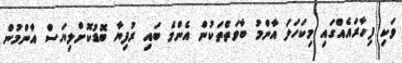
ވަކި ފިހާރައެއްގައި މިކަހަލަ އާންމު ބާވަތްތަކުން އެންމެ ބައި ރުފިޔާ ބޮޑުކޮށްލިޔަސް އާންމުން